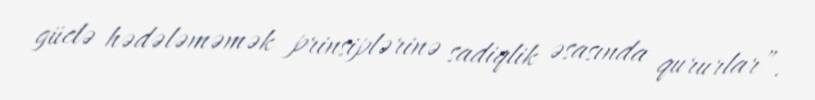
güclə hədələməmək prinsiplərinə sadiqlik əsasında qururlar”.